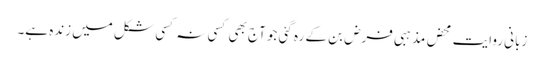
زبانی روایت محض مذہبی فرض بن کے رہ گئی جو آج بھی کسی نہ کسی شکل میں زندہ ہے۔